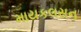
માયકલસન